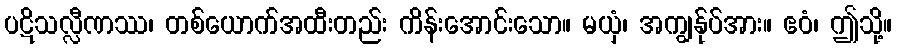
ပဋိသလ္လီဏဿ၊ တစ်ယောက်အထီးတည်း ကိန်းအောင်းသော။ မယှံ၊ အကျွန်ုပ်အား။ ဧဝံ၊ ဤသို့။